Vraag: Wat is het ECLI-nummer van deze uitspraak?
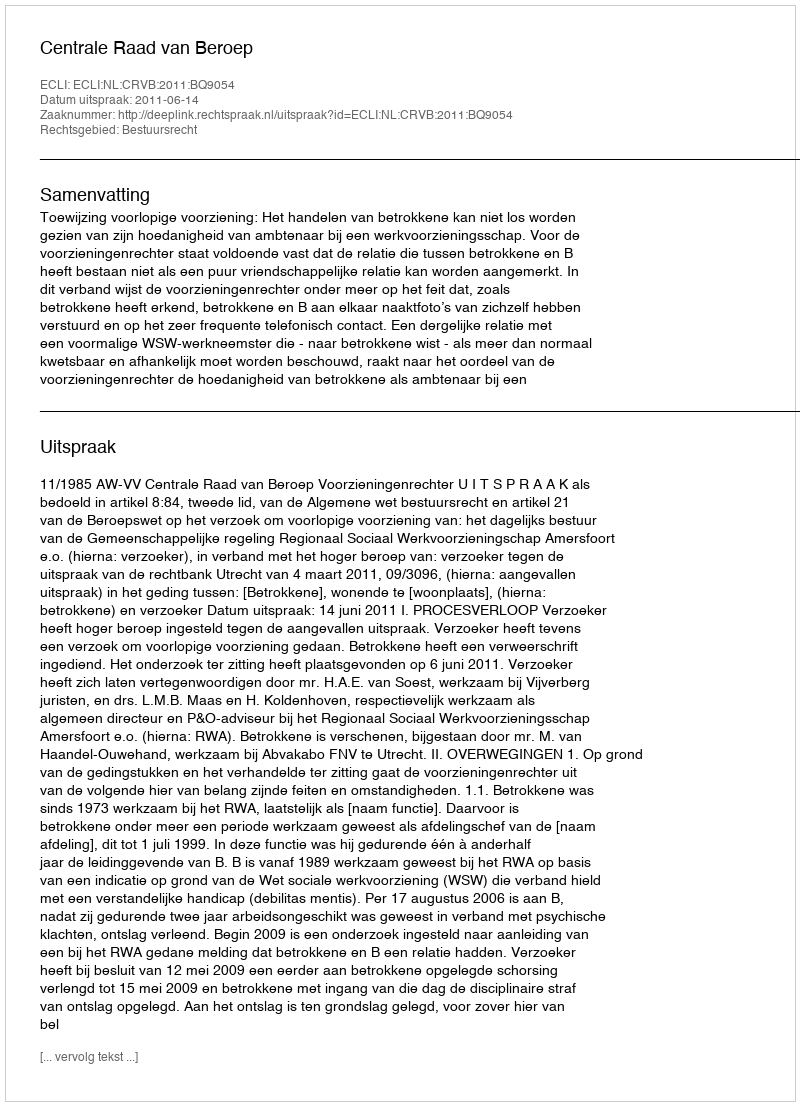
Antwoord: ECLI:NL:CRVB:2011:BQ9054